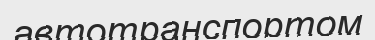
автотранспортом